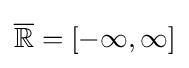
{\overline {\mathbb {R} }}=[-\infty ,\infty ]